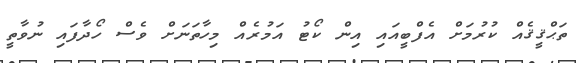
ތަޙްޤީޤެއް ކުރުމަށް އެފްބީއައި އިން ކޯޓު އަމުރެއް މިހާތަނަށް ވެސް ހޯދާފައި ނުވާތީ